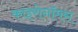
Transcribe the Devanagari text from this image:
काइरोनॉमस